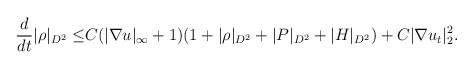
LaTeX: \begin{align*}\frac{d}{dt}|\rho|_{D^2}\leq& C(|\nabla u|_\infty+1)(1+|\rho|_{D^2}+|P|_{D^2}+|H|_{D^2})+C|\nabla u_t|^2_2.\end{align*}